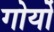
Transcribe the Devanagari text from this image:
गोर्यो